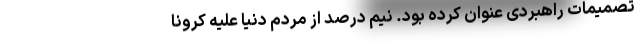
تصمیمات راهبردی عنوان کرده بود. نیم درصد از مردم دنیا علیه کرونا